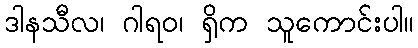
ဒါနသီလ၊ ဂါရဝ၊ ရှိက သူကောင်းပါ။